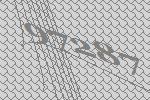
97287